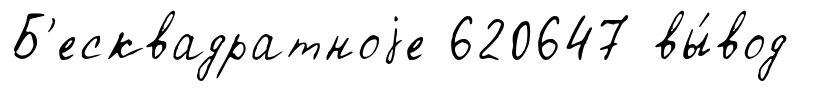
Б'есквадратноjе 620647 вы́вод